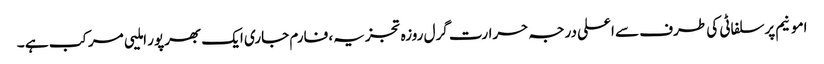
امونیم پرسلفاٹی کی طرف سے اعلی درجہ حرارت گرل روزہ تجزیہ، فارم جاری ایک بھرپور املیی مرکب ہے ۔